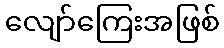
လျော်ကြေးအဖြစ်